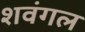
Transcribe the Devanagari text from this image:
शवंगल